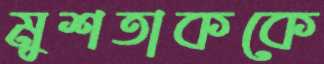
মুশতাককে